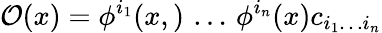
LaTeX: {\cal O}(x)=\phi^{i_{1}}(x,)\, \dots\, \phi^{i_{n}}(x)c_{i_{1}\dots i_{n}}